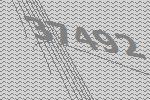
37492